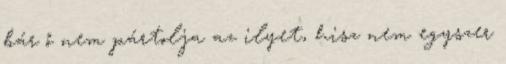
bár ő nem pártolja az ilyet, hisz nem egyszer